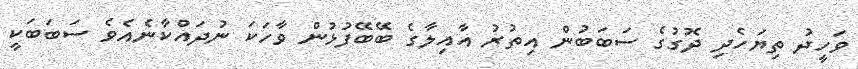
ވަހީދު ތިޔަހެދި ދޮގުގެ ސަބަބުން އިތުރު އާއިލާގެ ބޭބޭފުޅުން ވާހަކަ ނުދައްކާނެއެވެ ސަބަބަކީ